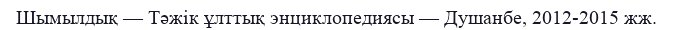
Шымылдық — Тәжік ұлттық энциклопедиясы — Душанбе, 2012-2015 жж.